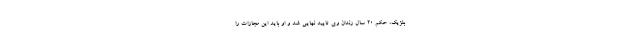
بلژیک، حکم 20 سال زندان وی تایید نهایی شد و او باید این مجازات را